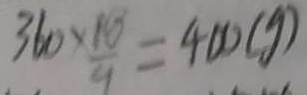
3 6 0 \times \frac { 1 8 } { 9 } = 4 0 0 ( g )